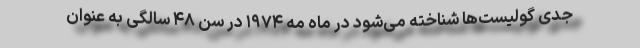
جدی گولیست‌ها شناخته می‌شود در ماه مه ۱۹۷۴ در سن ۴۸ سالگی به عنوان